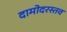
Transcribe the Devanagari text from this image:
दामोदरस्तव